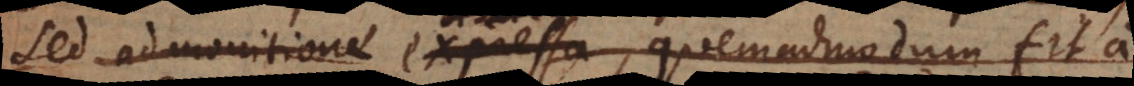
sed admonitione expressa, diserta, quemadmodum fit a